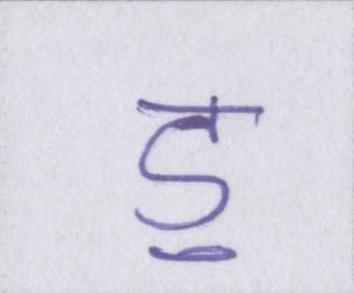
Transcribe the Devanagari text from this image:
ॾ